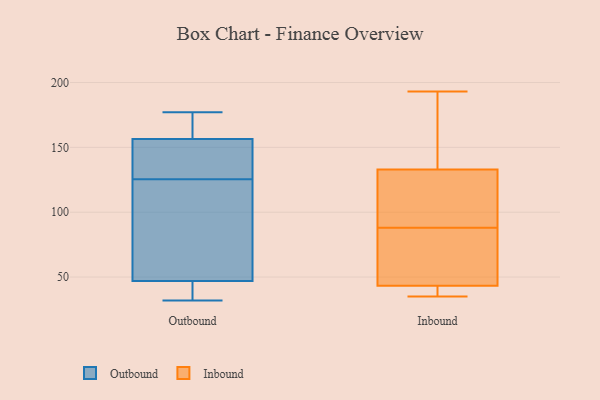
{"axis": {"x": "Budget (USD K)", "y": "Value"}, "legend": ["Inbound", "Outbound"], "data": [{"x": "", "y": 155, "type": "Outbound"}, {"x": "", "y": 158, "type": "Outbound"}, {"x": "", "y": 50, "type": "Outbound"}, {"x": "", "y": 120, "type": "Outbound"}, {"x": "", "y": 131, "type": "Outbound"}, {"x": "", "y": 32, "type": "Outbound"}, {"x": "", "y": 177, "type": "Outbound"}, {"x": "", "y": 150, "type": "Outbound"}, {"x": "", "y": 89, "type": "Outbound"}, {"x": "", "y": 44, "type": "Outbound"}, {"x": "", "y": 174, "type": "Outbound"}, {"x": "", "y": 41, "type": "Outbound"}, {"x": "", "y": 193, "type": "Inbound"}, {"x": "", "y": 45, "type": "Inbound"}, {"x": "", "y": 70, "type": "Inbound"}, {"x": "", "y": 37, "type": "Inbound"}, {"x": "", "y": 56, "type": "Inbound"}, {"x": "", "y": 38, "type": "Inbound"}, {"x": "", "y": 119, "type": "Inbound"}, {"x": "", "y": 191, "type": "Inbound"}, {"x": "", "y": 106, "type": "Inbound"}, {"x": "", "y": 117, "type": "Inbound"}, {"x": "", "y": 88, "type": "Inbound"}, {"x": "", "y": 175, "type": "Inbound"}, {"x": "", "y": 35, "type": "Inbound"}]}